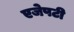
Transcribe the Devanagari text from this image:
एजेपटी